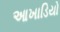
આખાડિયો